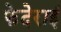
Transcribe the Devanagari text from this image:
फेदेराई